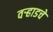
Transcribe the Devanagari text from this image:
वर्‍हाडचे